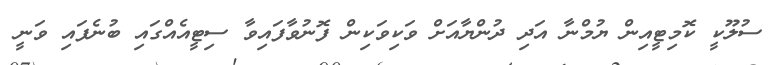
ސުލޫކީ ކޮމިޓީއިން ޔުމްނާ އަދި ދުންޔާއަށް ވަކިވަކިން ފޮނުވާފައިވާ ސިޓީއެއްގައި ބުނެފައި ވަނީ